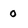
Character: 0